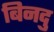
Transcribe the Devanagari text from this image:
बिनदु